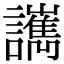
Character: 𧮄